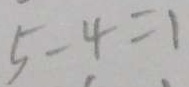
5 - 4 = 1